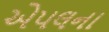
એપલના